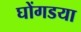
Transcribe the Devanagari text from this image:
घोंगडया